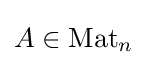
{\textstyle A\in {\mbox{Mat}}_{n}}